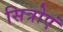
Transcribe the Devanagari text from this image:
सित्रोएं